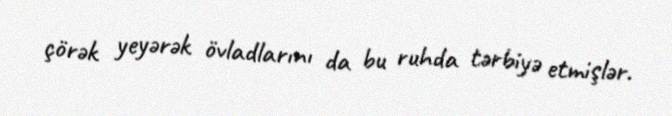
çörək yeyərək övladlarını da bu ruhda tərbiyə etmişlər.